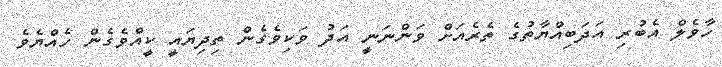
ހާވެލް އެބުރި އަދަބިއްޔާތުގެ ތެރެއަށް ވަންނަނީ އަދު ވަކިވެގެން ތިދިޔައީ ކީއްވެގެން ހެއްޔެވެ